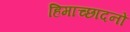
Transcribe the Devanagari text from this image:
हिमाच्छादनों